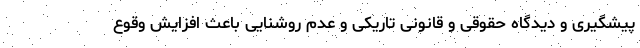
پیشگیری و دیدگاه حقوقی و قانونی تاریکی و عدم روشنایی باعث افزایش وقوع